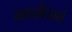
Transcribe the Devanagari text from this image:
वाकझीयार्ग